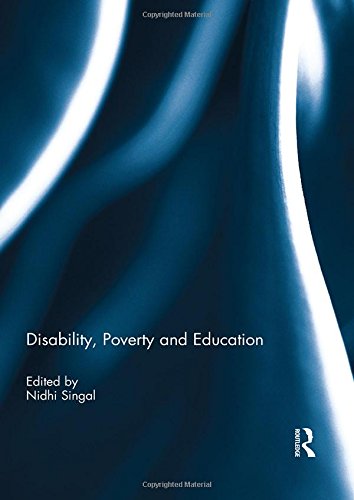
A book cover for Disability, Poverty and Education; Education & Teaching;